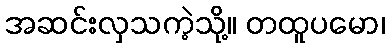
အဆင်းလှသကဲ့သို့။ တထူပမော၊